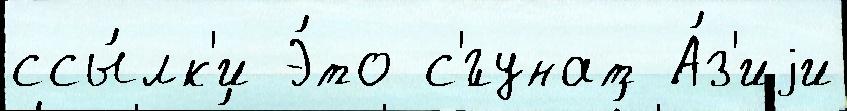
ссы́лк'и Э́то с'́гунат А́з'иjи